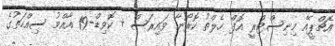
އެޗްޕީއޭ މިނިސްޓްރީ އޮފް ހެލްތު ކޮރޯނާ ވައިރަސް + ކޮވިޑް-19 އާއްމު ސިއްހަތުގެ